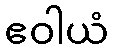
ဧဝါယံ